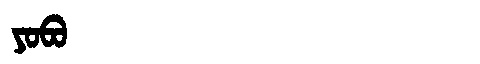
Manchu: ᠶᠣᠪᠣ
Romanization: YOBO